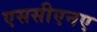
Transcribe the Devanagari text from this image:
एससीएनए